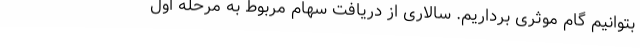
بتوانیم گام موثری برداریم. سالاری از دریافت سهام مربوط به مرحله اول